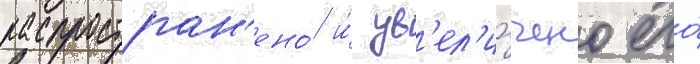
распростран'ено́ и́ ув'ел'и́чено его́